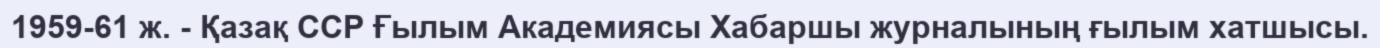
1959-61 ж. - Қазақ ССР Ғылым Академиясы Хабаршы журналының ғылым хатшысы.